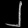
Digit: ၂